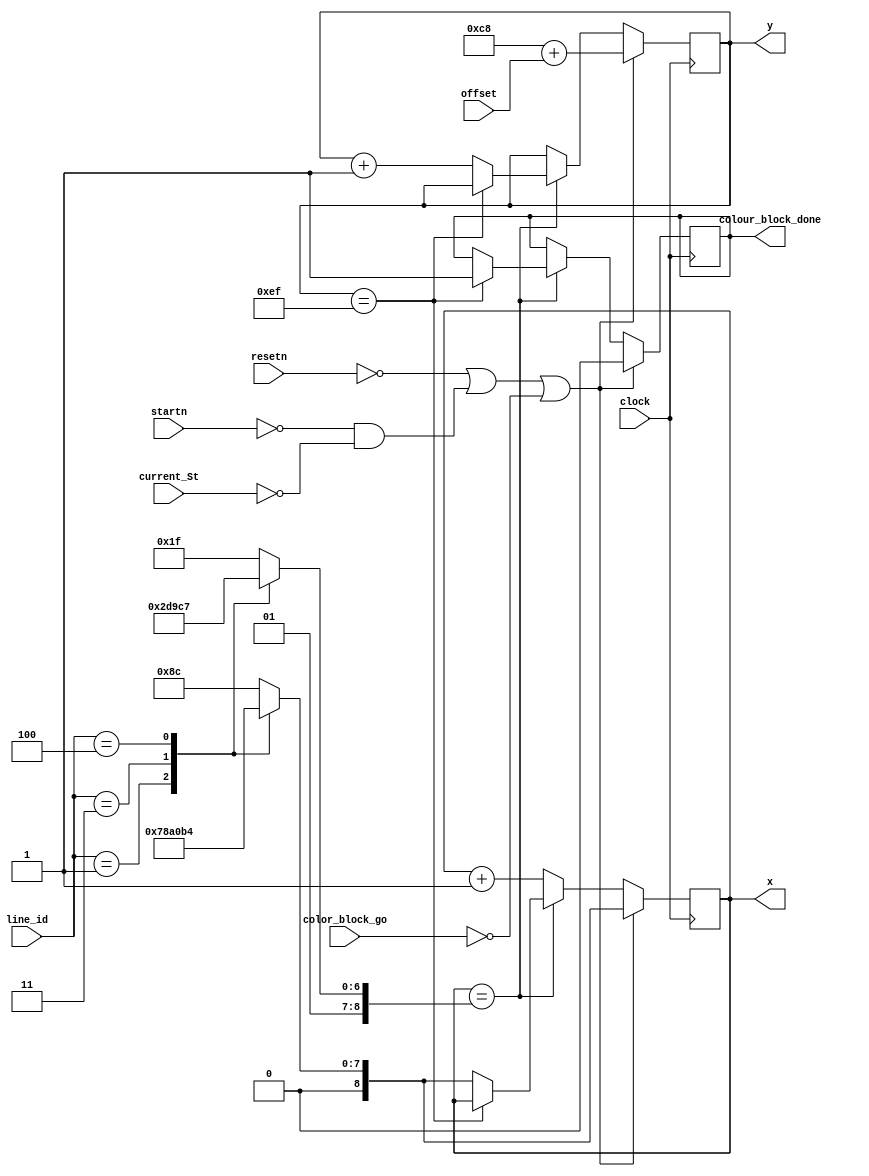
module colorBlock(input clock, color_block_go, resetn, startn,
							input [2:0] line_id,
							input [5:0] offset,
							input [5:0] current_St,
							output reg colour_block_done,
							output reg [8:0] x,
							output reg [7:0] y);
							
							reg [8:0] start_x, end_x;
							reg [7:0] start_y;
							
							always @(*) begin
								start_y = 200 + offset;
								case(line_id)
									3'b001: begin
										start_x = 120;
										end_x = 139;
									end
									3'b010: begin
										start_x = 140;
										end_x = 159;
									end
									3'b011: begin
										start_x = 160;
										end_x = 179;
									end
									3'b100: begin
										start_x = 180;
										end_x = 199;
									end
									default: begin
										start_x = 140;
										end_x = 159;
									end
								endcase
							end
							
							always @(posedge clock) begin
								if(!resetn | (!startn & current_St == 5'd0) | !color_block_go) begin
									colour_block_done <= 1'b0;
									y <= start_y;
									x <= start_x;
								end
								else begin
									if(x == end_x) begin
										if(y == 239)
											colour_block_done <= 1'b1; // the max coordinates have been reached, updating the register
										else begin
											x <= start_x;
											y <= y + 1'b1; // slowly incrementing the y values
										end
									end
									else begin
										x <= x + 1'b1;
									end
								end
							end
endmodule

module colorLine(input clock, color_line_go,
					  input [2:0] line_6,
					  output reg color_line_done,
					  output reg [8:0] x,
					  output reg [7:0] y);
					  
					  reg [8:0] start_x, end_x;
					  
					  always @(*) begin
							case(line_6)
								3'b001: begin
									start_x = 120;
									end_x = 139;
								end
								3'b010: begin
									start_x = 140;
									end_x = 159;
								end
								3'b011: begin
									start_x = 160;
									end_x = 179;
								end
								3'b100: begin
									start_x = 180;
									end_x = 199;
								end
								default: begin
									start_x = 140;
									end_x = 159;
								end
							endcase
					end
					
					always @(posedge clock) begin
						if(!color_line_go) begin
							color_line_done <= 1'b0;
							x <= start_x;
							y <= 0;
						end
						else begin
							if(x == end_x) begin
								if(y == 239)
									color_line_done <= 1'b1;
								else begin
									x <= start_x;
									y <= y + 1'b1;
								end
							end
							else begin
								x <= x + 1'b1;
							end
						end
				   end
endmodule